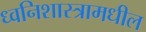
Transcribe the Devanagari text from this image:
ध्वनिशास्त्रामधील